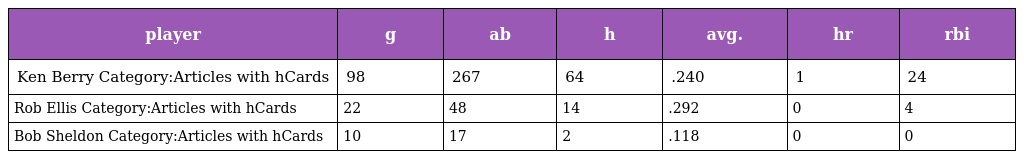
| player | g | ab | h | avg. | hr | rbi |
 | --- | --- | --- | --- | --- | --- | --- |
 | Ken Berry Category:Articles with hCards | 98 | 267 | 64 | .240 | 1 | 24 |
 | Rob Ellis Category:Articles with hCards | 22 | 48 | 14 | .292 | 0 | 4 |
 | Bob Sheldon Category:Articles with hCards | 10 | 17 | 2 | .118 | 0 | 0 |